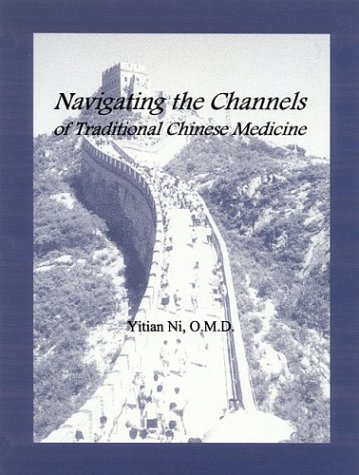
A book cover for Navigating the Channels of Traditional Chinese Medicine; Yitian Ni; Health, Fitness & Dieting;